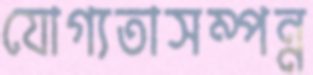
যোগ্যতাসম্পন্ন